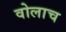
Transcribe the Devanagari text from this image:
वोलाच